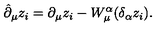
\hat { \partial } _ { \mu } z _ { i } = \partial _ { \mu } z _ { i } - W _ { \mu } ^ { \alpha } ( \delta _ { \alpha } z _ { i } ) .